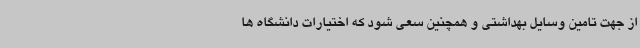
از جهت تامین وسایل بهداشتی و همچنین سعی شود که اختیارات دانشگاه ها